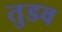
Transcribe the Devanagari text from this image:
तुडव